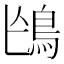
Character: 𩿌